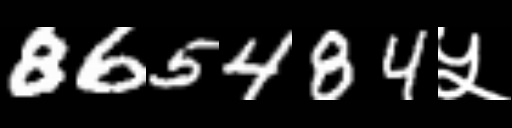
Text: 865484५